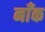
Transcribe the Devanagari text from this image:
नाँक